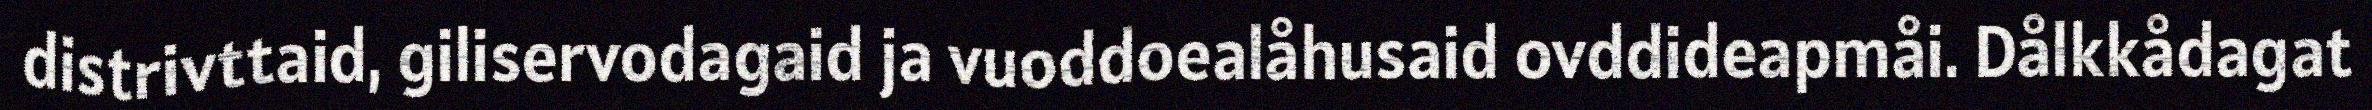
distrivttaid, giliservodagaid ja vuoddoealåhusaid ovddideapmåi. Dålkkådagat